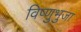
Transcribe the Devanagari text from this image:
विष्णुभुजा